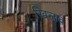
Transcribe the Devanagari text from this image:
खिलाव